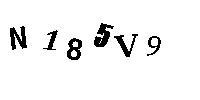
N185V9